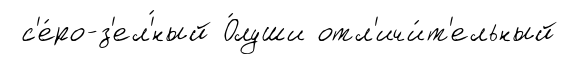
с'е́ро-з'ел'́ный О́луши отл'ичи́т'ельный